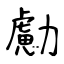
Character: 勴